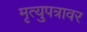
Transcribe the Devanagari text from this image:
मृत्युपत्रावर